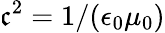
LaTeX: \mathfrak{c}^{2}=1/(\epsilon_{0}\mu_{0})